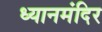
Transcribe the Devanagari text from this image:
ध्यानमंदिर